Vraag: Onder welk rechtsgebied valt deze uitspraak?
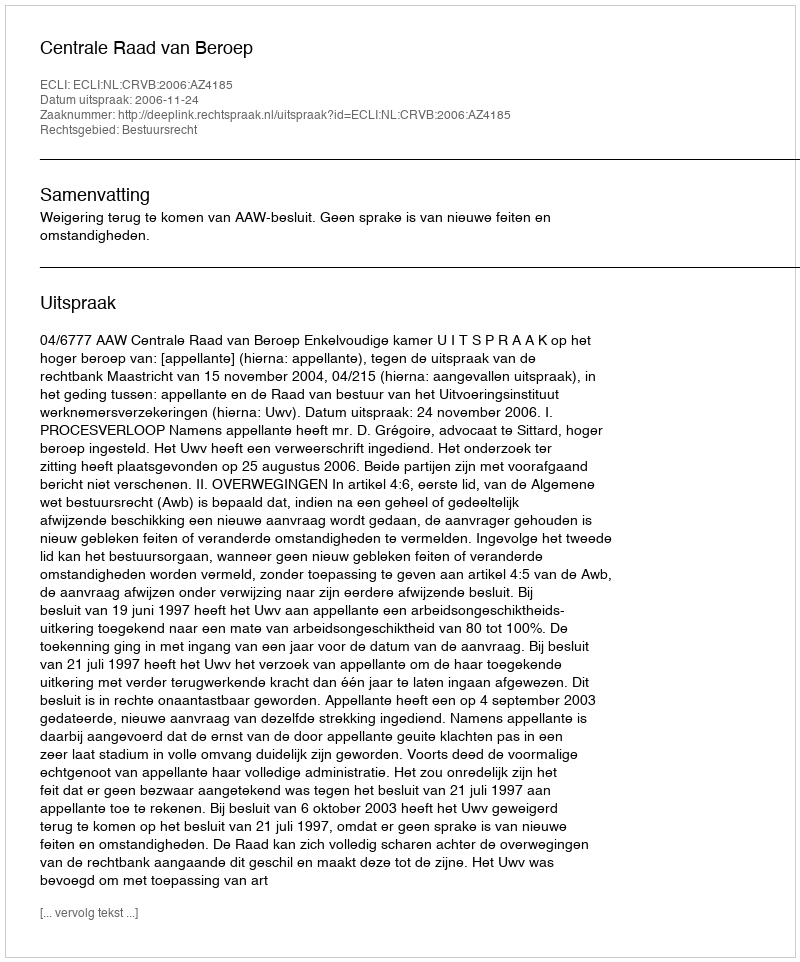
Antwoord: Bestuursrecht